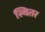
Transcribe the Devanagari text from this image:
स्थितर